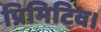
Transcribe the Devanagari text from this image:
प्रिमिटिव।